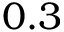
0 . 3